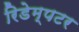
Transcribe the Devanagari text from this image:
रिडेम्पटर